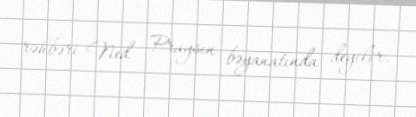
rəhbəri Ned Praysın bəyanatında deyilir.